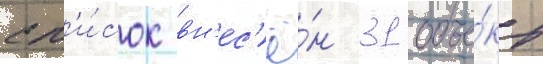
сп'и́сок вн'ес'ё́н 31 объе́кт